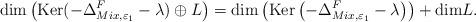
LaTeX: \begin{align*}\mathrm{dim} \left(\mathrm{Ker}(-\Delta_{Mix,\varepsilon_1}^F - \lambda) \oplus L \right) = \mathrm{dim} \left(\mathrm{Ker}\left(-\Delta_{Mix,\varepsilon_1}^F - \lambda\right)\right) + \mathrm{dim} L.\end{align*}